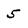
Character: 5